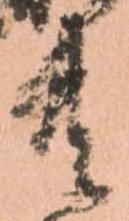
共